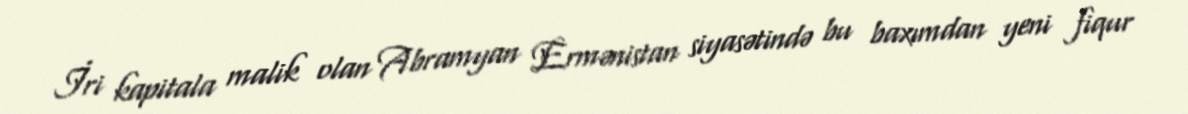
İri kapitala malik olan Abramyan Ermənistan siyasətində bu baxımdan yeni fiqur